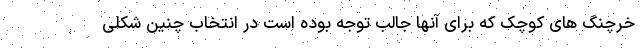
خرچنگ های کوچک که برای آنها جالب توجه بوده است در انتخاب چنین شکلی